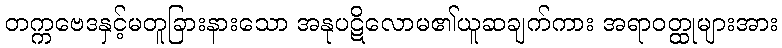
တက္ကဗေဒနှင့်မတူခြားနားသော အနုပဋိလောမ၏ယူဆချက်ကား အရာဝတ္ထုများအား